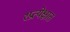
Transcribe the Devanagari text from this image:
१प्रत्येक्षात